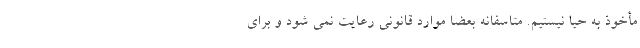
مأخوذ به حیا نیستیم. متاسفانه بعضا موارد قانونی رعایت نمی شود و برای